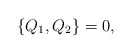
\begin{align*}\{Q_1, Q_2\}=0 ,\end{align*}